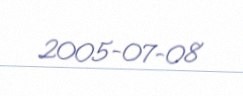
2005-07-08